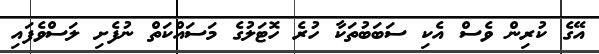
އޭގެ ކުރިން ވެސް އެކި ސަބަބުތަކާ ހުރެ ހޮޓަލުގެ މަސައްކަތް ނުފެށި ލަސްވެފައި